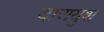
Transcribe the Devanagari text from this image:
दारायुश